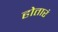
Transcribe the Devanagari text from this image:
होतारं